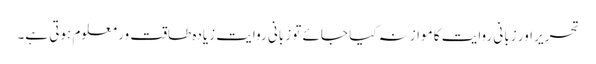
تحریر اور زبانی روایت کا موازنہ کیا جائے تو زبانی روایت زیادہ طاقت ور معلوم ہوتی ہے۔